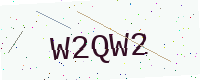
Text: W2QW2